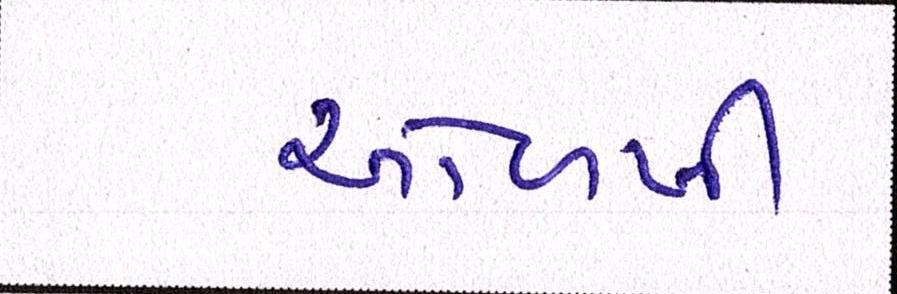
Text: ઓળખી